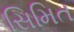
સિમિત